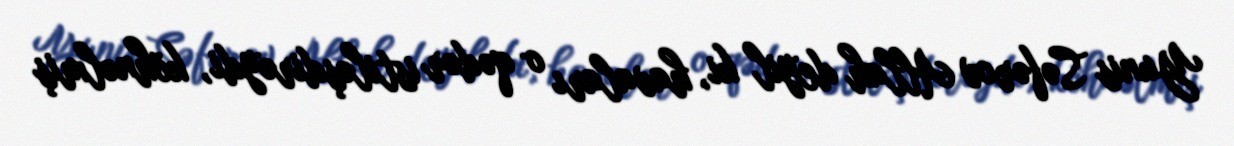
Yunis Səfərov Allah deyil ki, havaları o qədər istiləşdirəydi, köhnəlmiş